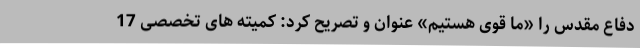
دفاع مقدس را «ما قوی هستیم» عنوان و تصریح کرد: کمیته های تخصصی 17